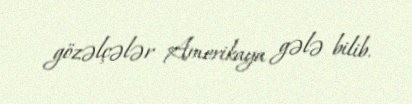
gözəlçələr Amerikaya gələ bilib.